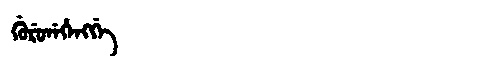
Manchu: ᡤᡠᡵᡠᠨᡝᡥᡝᠩᡤᡝ
Romanization: GURUNEHENGGE